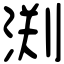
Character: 渕